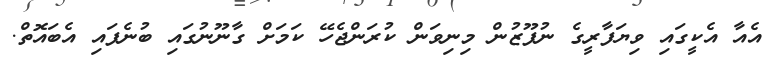
އެއާ އެކީގައި ވިޔަފާރީގެ ނުފޫޒުން މިނިވަން ކުރަންޖެހޭ ކަމަށް ގާނޫނުގައި ބުނެފައި އެބައޮތް.